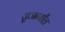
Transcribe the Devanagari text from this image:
सृजन्यील